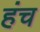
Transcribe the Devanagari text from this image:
हंच